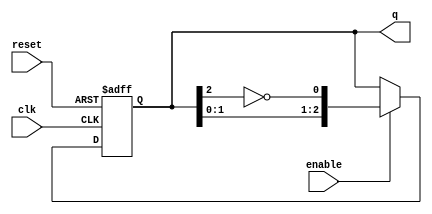
module johnson_counter #(
    parameter N = 3  // Number of stages (flip-flops)
)(
    input wire clk,       // Clock signal
    input wire reset,     // Asynchronous reset signal
    input wire enable,    // Enable signal
    output reg [N-1:0] q // Output state of the counter
);

    // Always block triggered on the rising edge of the clock or reset
    always @(posedge clk or posedge reset) begin
        if (reset) begin
            // Reset the counter to all zeros
            q <= 0;
        end else if (enable) begin
            // Johnson counter logic
            q <= {q[N-2:0], ~q[N-1]}; // Shift left and feedback inverted last bit
        end
    end

endmodule